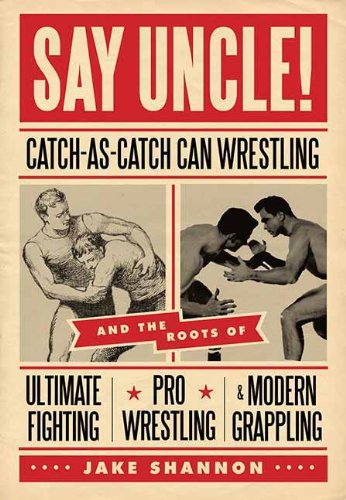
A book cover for Say Uncle!: Catch-As-Catch-Can Wrestling and the Roots of Ultimate Fighting, Pro Wrestling & Modern Grappling; Jake Shannon; Sports & Outdoors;